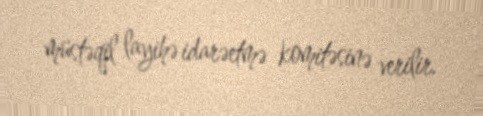
müstəqil layihə idarəetmə komitəsinə verilir.